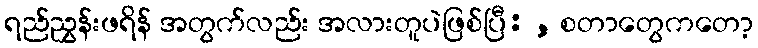
ရည်ညွှန်းဖရိန် အတွက်လည်း အလားတူပဲဖြစ်ပြီ: , စတာတွေကတော့